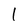
Character: l